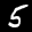
Label: 5